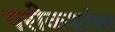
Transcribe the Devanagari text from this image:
परीकथांवर